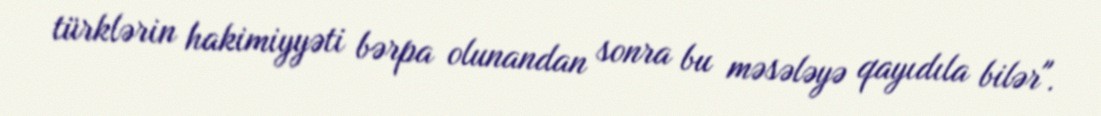
türklərin hakimiyyəti bərpa olunandan sonra bu məsələyə qayıdıla bilər".